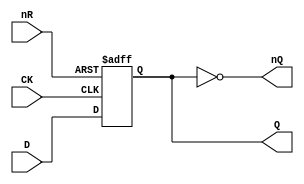
// This program was cloned from: https://github.com/jotego/jtcores
// License: GNU General Public License v3.0

// Fujitsu AV cell
// DFF with RESET
// furrtek 2022

`timescale 1ns/100ps

module FDO(
	input CK,
	input D,
	input nR,
	output reg Q,
	output nQ
);

always @(posedge CK or negedge nR) begin
	if (!nR)
		Q <= 1'b0;	// tmax = 2.8ns
	else
		Q <= D;		// tmax = 6.0ns
end

assign nQ = ~Q;

endmodule